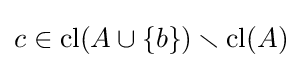
c\in {\text{cl}}(A\cup \{b\})\smallsetminus {\text{cl}}(A)